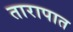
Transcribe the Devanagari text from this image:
तारापात